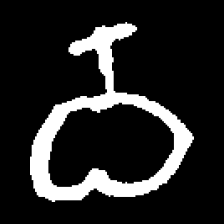
Pyu character \u2014 Myanmar letter: ဝ (romanized: wa)